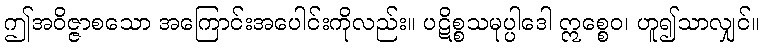
ဤအဝိဇ္ဇာစသော အကြောင်းအပေါင်းကိုလည်း။ ပဋိစ္စသမုပ္ပါဒေါ ဣစ္စေဝ၊ ဟူ၍သာလျှင်။